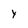
Character: y